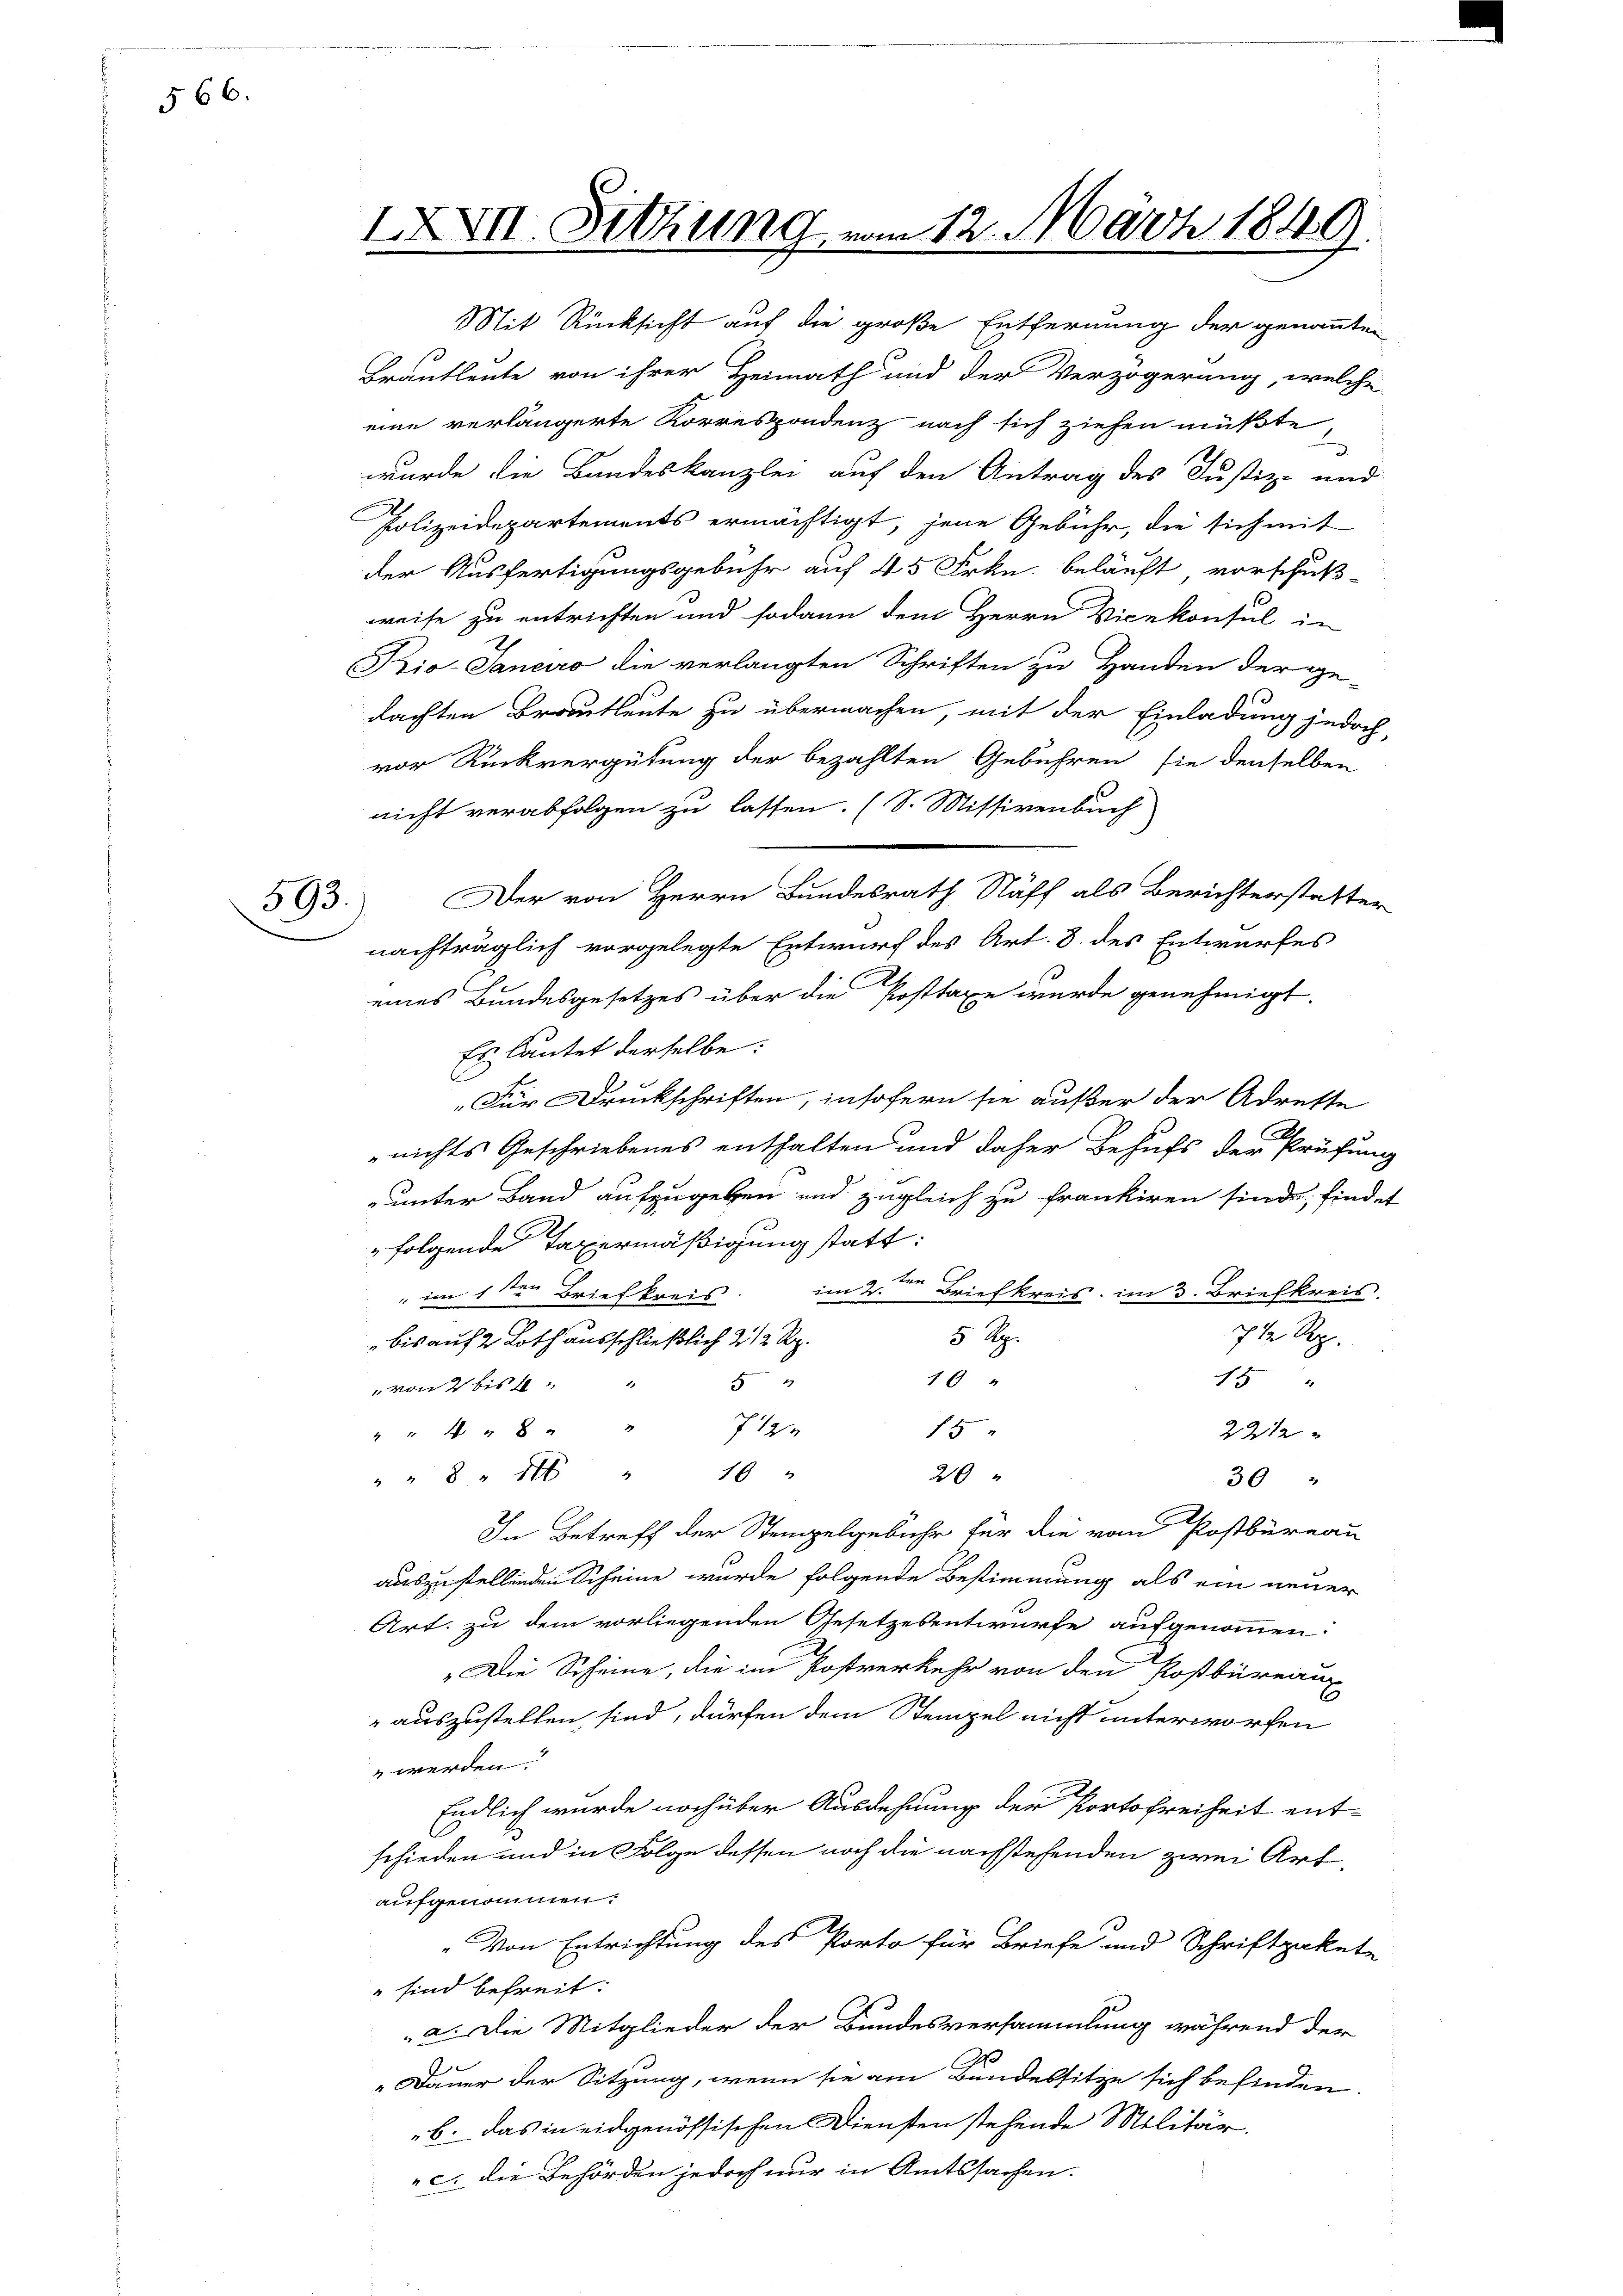
§ 66.

593.

IXVII. Setzung vom 12. März 1849.

Mit Rücksicht auf die große Entfernung der genannten
Brautleute von ihrer Heimath und der Verzögerung, welche
eine verlängerte Korrespondenz nach sich ziehen müßte
wurde die Bandeskanzlei auf den Antrag des Justiz- und
Polizeidepartements ermächtigt, jene Gebühr, die sich mit
der Ausfertigungsgebühr auf 45 Frkn. beläuft vorschuß-
weise zu entrichten und sodann dem Herrn Vicekonsul in
Kio. Janeiro die verlangten Schriften zu Handen der ge-
dachten Brautleute zu übermachen, mit der Einladung jedoch,
vor Rückvergütung der bezahlten Gebühren sie denselben
nicht verabfolgen zu lassen. (S. Missivenbuch
Der von Herrn Bundesrath Stäff als Berichterstatter
nachträglich vorgelegte Entwurf des Art. 8. des Entwurfes
eines Bundesgesetzes über die Posttaxe wurde genehmigt.
Es lautet derselbe:
„Für Druckschriften, insofern sie außer der Adreste
nichts Geschriebenes enthalten und daher Behufs der Prüfung
unter Band aufzugeben und zugleich zu frankiren sind, findet
folgende Taxermäßigung statt:
im 2. Briefkreis im 3. Briefkreis
" im 1sten Briefkreis
7½ Rp.
5 Rp.
bis auf 2 Loth ausschließlich 2 1/2 Rp.
10.
12
52
„von 2 bis 4 "
15
" " " " 8 " " 712.
2212
20
" " 8 " " 10 "
30
In Betreff der Stempelgebühr für die vom Postbüreau
auszustellenden Scheine wurde folgende Bestimmung als ein neuer
Art. zu dem vorliegenden Gesetzesentwurfe aufgenommen:
„Die Scheine, die im Postverkehr von den Postbüreaux
auszustellen sind, dürfen dem Stempel nicht unterworfen
 werden.
Endlich wurde noch über Ausdehnung der Portofreiheit ent-
schieden und in Folge dessen noch die nachstehenden zwei Art.
aufgenommen.
„Von Entrichtung des Porto für Briefe und Schriftpakete
" sind befreit:
a. Die Mitglieder der Bundesversammlung während der
Dauer der Sitzung, wenn sie am Bundessitze sich befinden.
b. das in eidgenössischen Diensten stehende Militär.
c. die Behörden jedoch nur in Amtssachen.